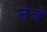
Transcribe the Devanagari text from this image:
नेत्रं